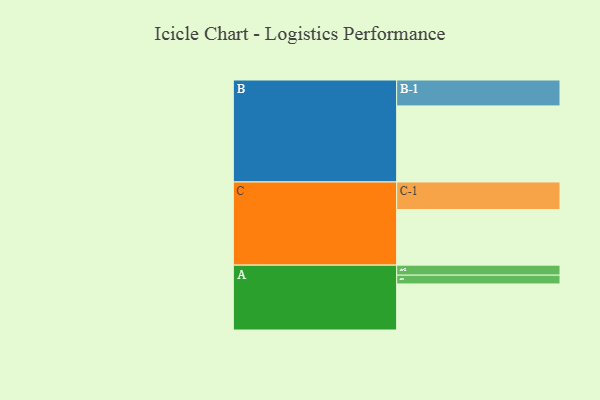
{"axis": {"x": "Segment", "y": "Value"}, "legend": ["", "A", "B", "C"], "data": [{"x": "A", "y": 345, "type": ""}, {"x": "B", "y": 570, "type": ""}, {"x": "C", "y": 416, "type": ""}, {"x": "A-1", "y": 66, "type": "A"}, {"x": "A-2", "y": 75, "type": "A"}, {"x": "B-1", "y": 194, "type": "B"}, {"x": "C-1", "y": 207, "type": "C"}]}